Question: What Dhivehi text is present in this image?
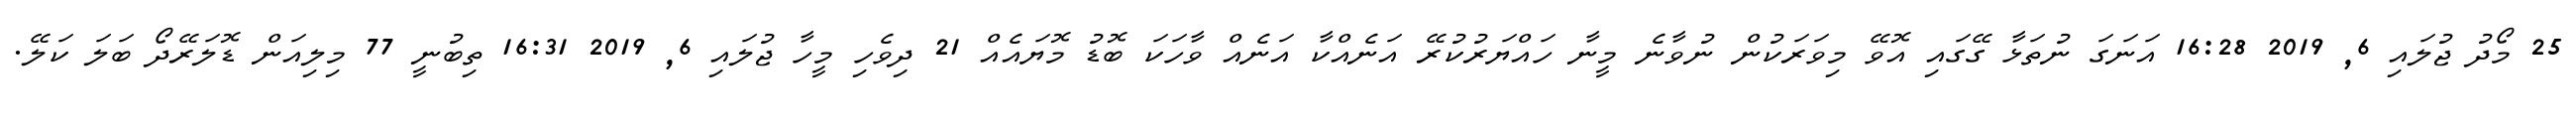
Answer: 25 މޯދު ޖުލައި 6, 2019 16:28 އަނަގަ ނުތަޅާ ގޭގައި އޮވޭ މިވަރަކުން ނުވާނެ މީނާ ހައްޔަރުކުރޭ އަނެއްކާ އަނެއް ވާހަކަ ބޮޑު މޮޔައެއް 21 ދިވެހި މީހާ ޖުލައި 6, 2019 16:31 ތިބުނީ 77 މިލިއަން ޑޮލަރޭދޯ ބަލަ ކަލޭ.